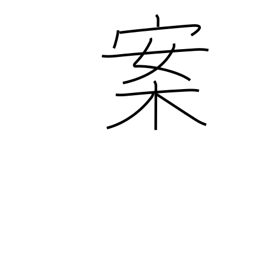
Meaning: proposition